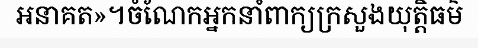
អនាគត»។ចំណែកអ្នកនាំពាក្យក្រសួងយុត្តិធម៌